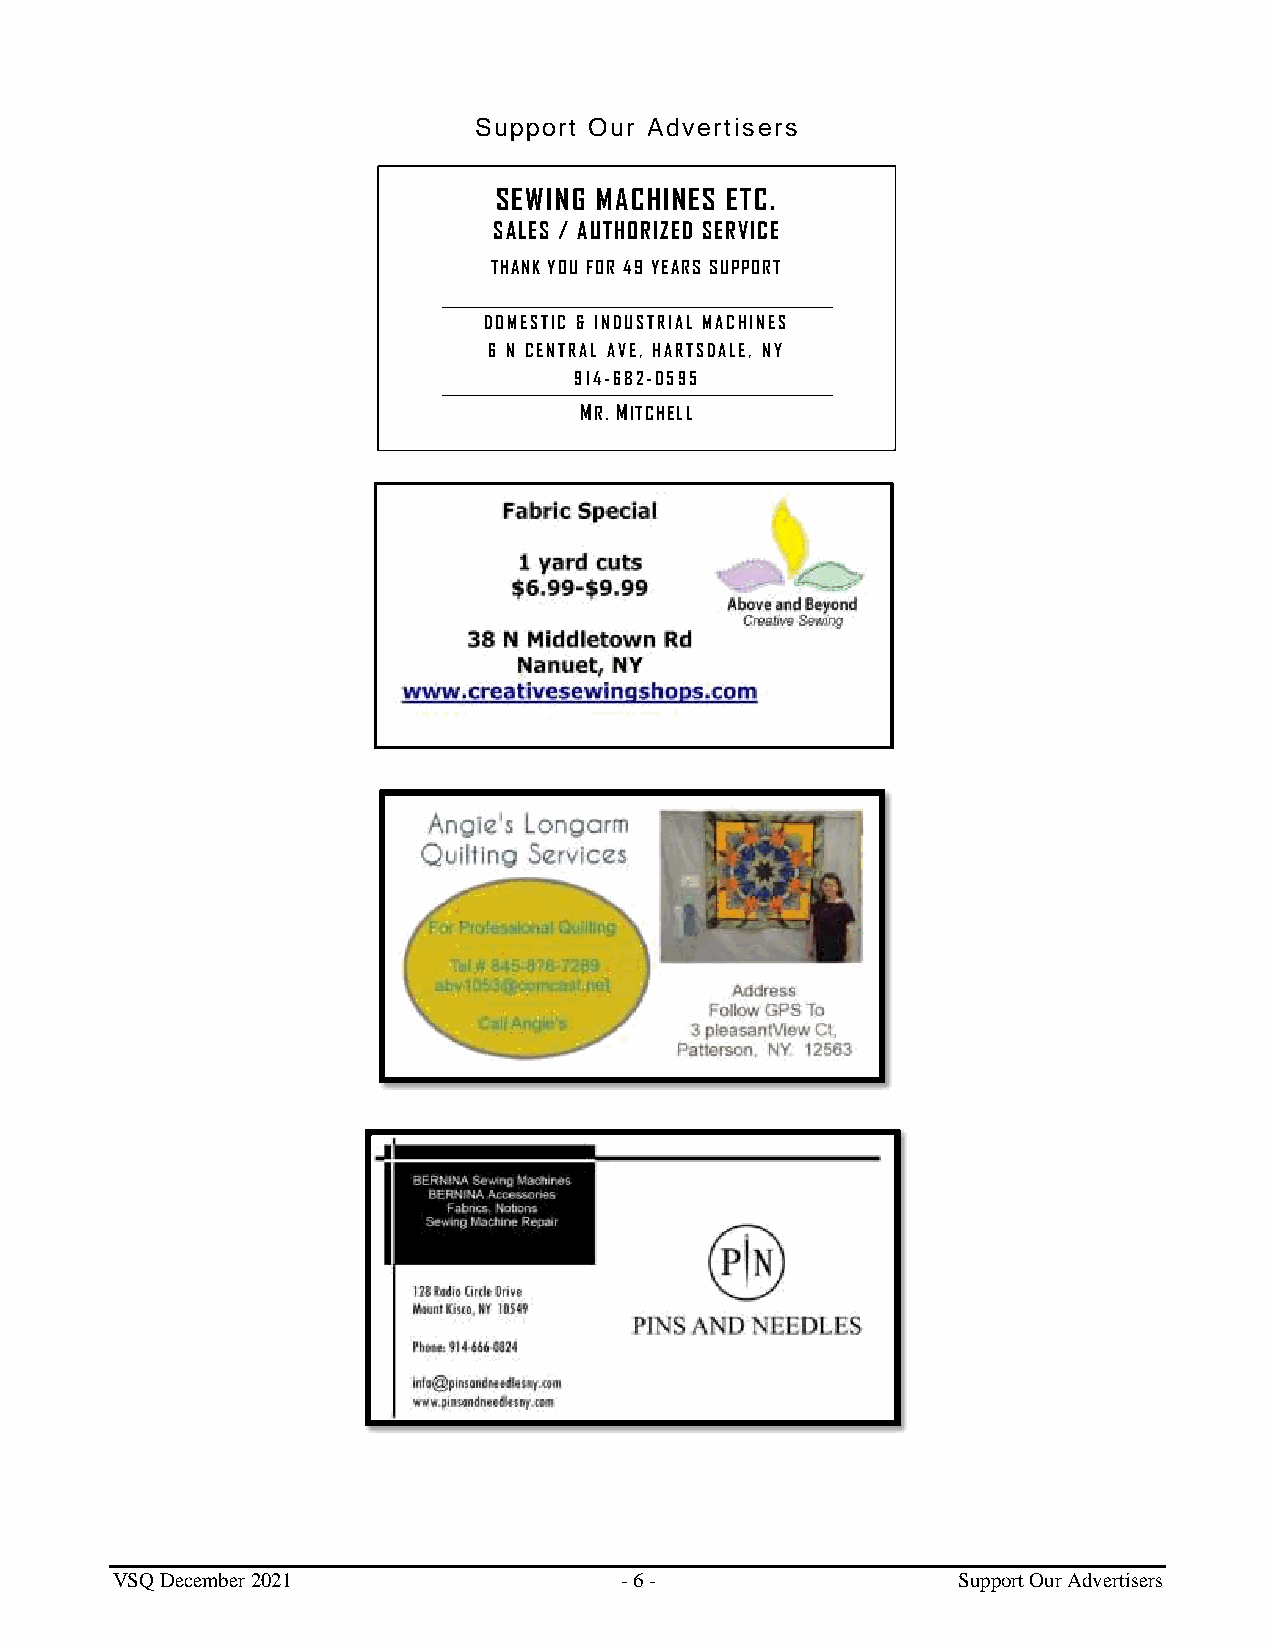
Support Our Advertisers
 SEWING MACHINES ETC.
 SALES / AUTHORIZED SERVICE
 THANK YOU FOR 49 YEARS SUPPORT
 ______ ____________________________________________________________________________________________________________________________________________________________________________________
 DOMESTIC & INDUSTRIAL MACHINES
 6 N CENTRAL AVE, HARTSDALE, NY
 914-682-0595
 ___________________________________________________________________________________________________________________________________________________________
 MR. MITCHELL
 VSQ December 2021                 - 6 -                 Support Our Advertisers